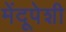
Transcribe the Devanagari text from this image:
मेंदूपेशी